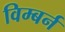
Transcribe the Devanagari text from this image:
विम्बर्न